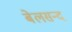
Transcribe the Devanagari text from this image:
बेलसन्द